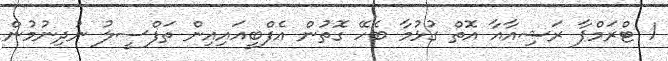
1 ޓްރަމްޕާ ރަޝިއާއާ އޮތް ގުޅުމާ ބެހޭ ގޮތުން އެފްބީއައިއިން ތަފްސީލު ނުދިނުމުން